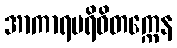
အာကာရပရိဝိတက္ကေန